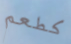
كطعم